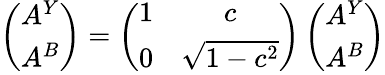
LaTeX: \left(\begin{array}{c}{{A^{Y}}}\\ {{A^{B}}}\end{array}\right)=\left(\begin{array}{cc}{{1}}&{{c}}\\ {{0}}&{{\sqrt{1-c^{2}}}}\end{array}\right)\left(\begin{array}{c}{{A^{Y}}}\\ {{A^{B}}}\end{array}\right)